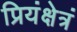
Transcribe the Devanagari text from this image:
प्रियंक्षेत्रं